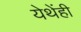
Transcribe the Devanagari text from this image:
येथेंही